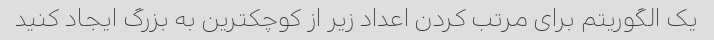
یک الگوریتم برای مرتب کردن اعداد زیر از کوچکترین به بزرگ ایجاد کنید